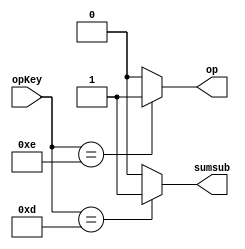
/* LUT para as operacoes */
/* em sumsub 0 indica soma e 1 sub */
/* em op, 0 indica resultado de soma/sub e 1 indica mult */

module decodOp (opKey, sumsub, op);
	input [3:0] opKey;
	output reg sumsub;
	output reg op;

	always @(*)	
		case (opKey)
			4'b1100 : begin
				sumsub = 1'b0;
					 op = 1'b0;
			end
			4'b1101 : begin
				sumsub = 1'b1;
					 op = 1'b0;
			end
			4'b1110 : begin
				sumsub = 1'b0;
					 op = 1'b1;
			end 

			default : begin
				sumsub = 1'b0;
					 op = 1'b0;
			end
		endcase
		
endmodule